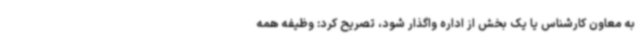
به معاون کارشناس یا یک بخش از اداره واگذار شود، تصریح کرد: وظیفه همه